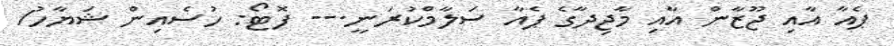
ޕެއާ އާއި ޖޫޒާން އާއި މާޖިދާގެ ޕެއާ ސަލާމްކުރަނީ.-- ފޮޓޯ: ހުސެއިން ޝަޔާހު/